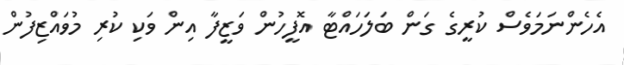
އެހެންނަމަވެސް ކުރީގެ ގަން ބަލަހައްޓާ އޮފީހުން ވަޒީފާ އިން ވަކި ކުރި މުވައްޒިފުން